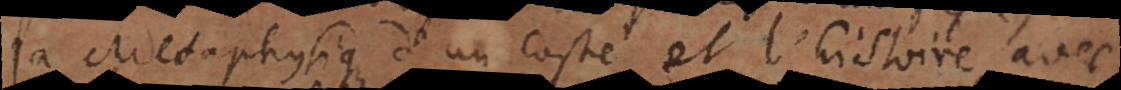
la Metaphysique d’un costé, et l’histoire avec